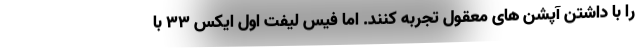
را با داشتن آپشن های معقول تجربه کنند. اما فیس لیفت اول ایکس 33 با